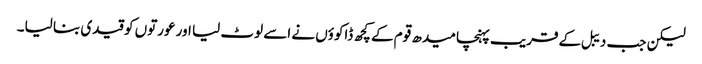
لیکن جب دیبل کے قریب پہنچا میدھ قوم کے کچھ ڈاکوؤں نے اسے لوٹ لیا اور عورتوں کو قیدی بنا لیا۔